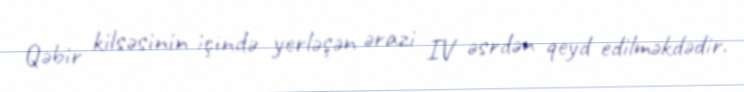
Qəbir kilsəsinin içində yerləşən ərazi IV əsrdən qeyd edilməkdədir.